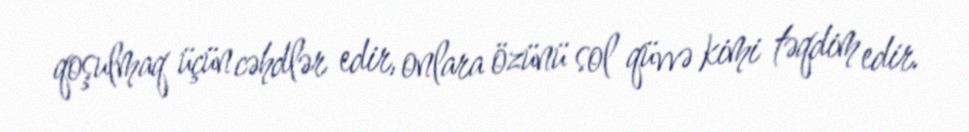
qoşulmaq üçün cəhdlər edir, onlara özünü sol qüvvə kimi təqdim edir.